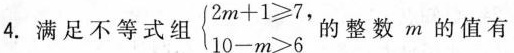
4.满足不等式组 $$\left\{ \begin{matrix} 2m+1 \geq 7, \\ 10-m>6 \\ \end{matrix} \right.$$ 的整数m的值有